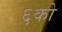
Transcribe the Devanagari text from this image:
६को